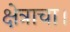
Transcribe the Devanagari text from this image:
क्षेत्राचा।